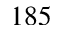
1 8 5